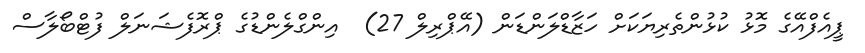
ޕީއެފްއޭގެ މޮޅު ކުޅުންތެރިޔަކަށް ހަޒާޑްލަންޑަން (އޭޕްރިލް 27)  އިންގްލެންޑުގެ ޕްރޮފެޝަނަލް ފުޓްބޯލާސް